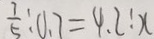
\frac { 7 } { 5 } : 0 . 7 = 4 . 2 : x